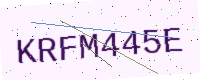
Text: KRFM445E